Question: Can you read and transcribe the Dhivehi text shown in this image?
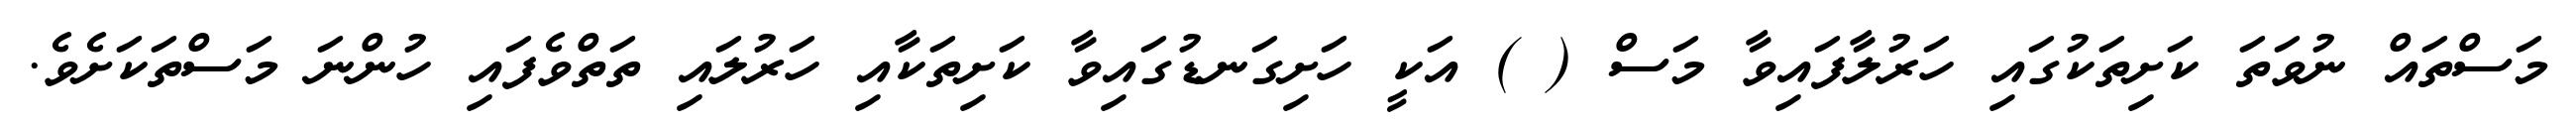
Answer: މަސްތައް ނުވަތަ ކަށިތަކުގައި ހަރުލާފައިވާ މަސް ( ) އަކީ ހަށިގަނޑުގައިވާ ކަށިތަކާއި ހަރުލައި ތަތްވެފައި ހުންނަ މަސްތަކަށެވެ.